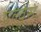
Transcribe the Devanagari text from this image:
एल्वेस